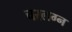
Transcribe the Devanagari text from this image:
चरलग्न